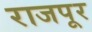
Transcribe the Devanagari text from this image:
राजपूर